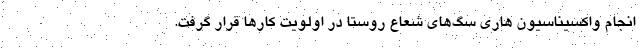
انجام واکسیناسیون هاری سگ‌های شعاع روستا در اولویت کار‌ها قرار گرفت.